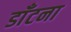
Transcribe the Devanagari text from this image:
डाँटना